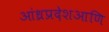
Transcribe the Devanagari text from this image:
आंध्रप्रदेशआणि